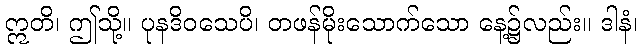
ဣတိ၊ ဤသို့။ ပုနဒိဝသေပိ၊ တဖန်မိုးသောက်သော နေ့၌လည်း။ ဒါနံ၊